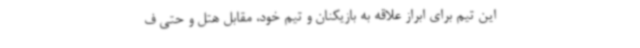
این تیم برای ابراز علاقه به بازیکنان و تیم خود، مقابل هتل و حتی ف